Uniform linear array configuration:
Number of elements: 32
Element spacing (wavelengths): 0.75
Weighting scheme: uniform
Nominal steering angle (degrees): -45
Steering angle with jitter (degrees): -44.233
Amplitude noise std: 0.05
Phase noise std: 0.05

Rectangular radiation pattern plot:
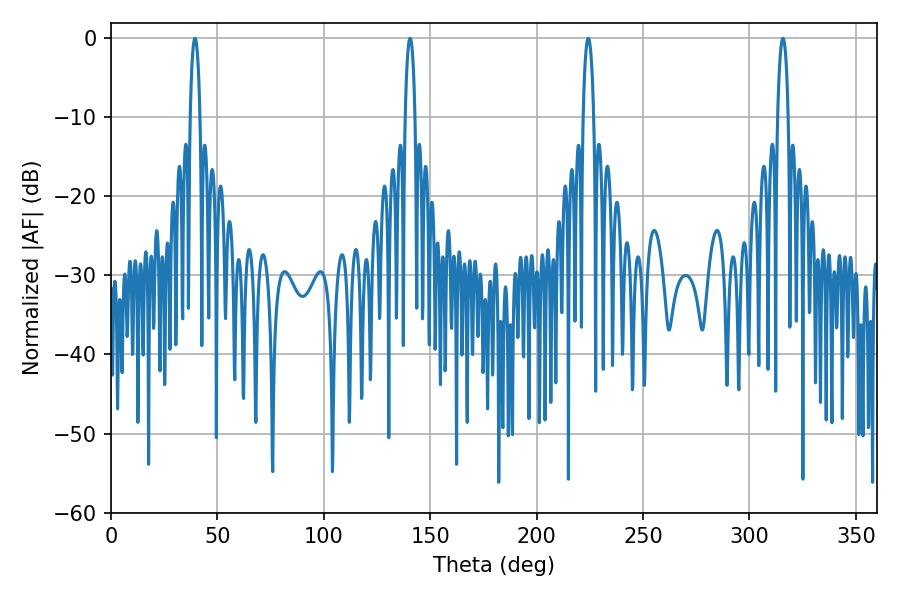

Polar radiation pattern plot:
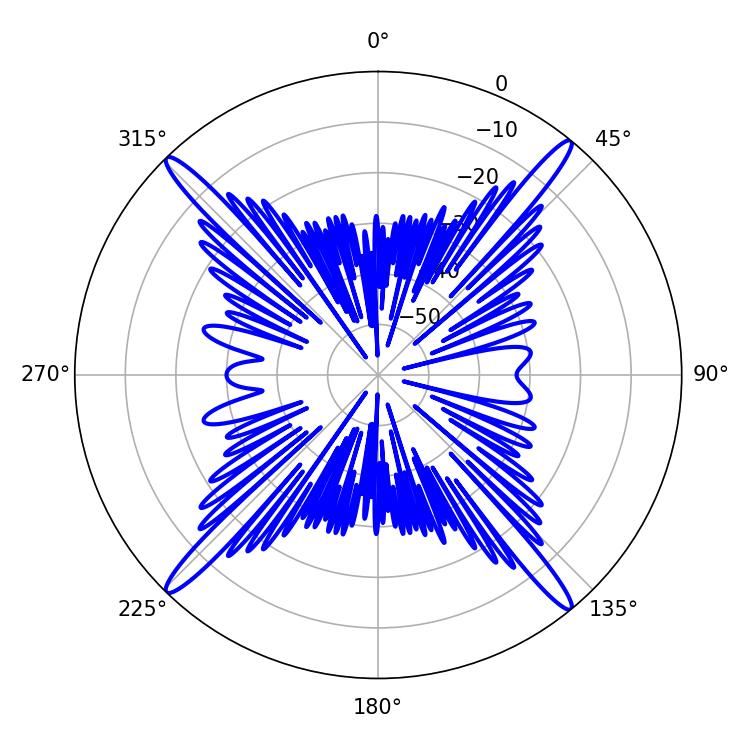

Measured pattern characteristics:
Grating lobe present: TRUE
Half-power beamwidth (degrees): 2.88
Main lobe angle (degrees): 315.72